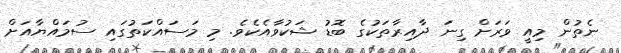
ނެތުން މިއީ ވަރަށް ގިނަ ދާއިރާތަކުގެ ބޮޑު ޝަކުވާއެކެވެ. މި މަސައްކަތުގައި ސުމައްޔާއަށް